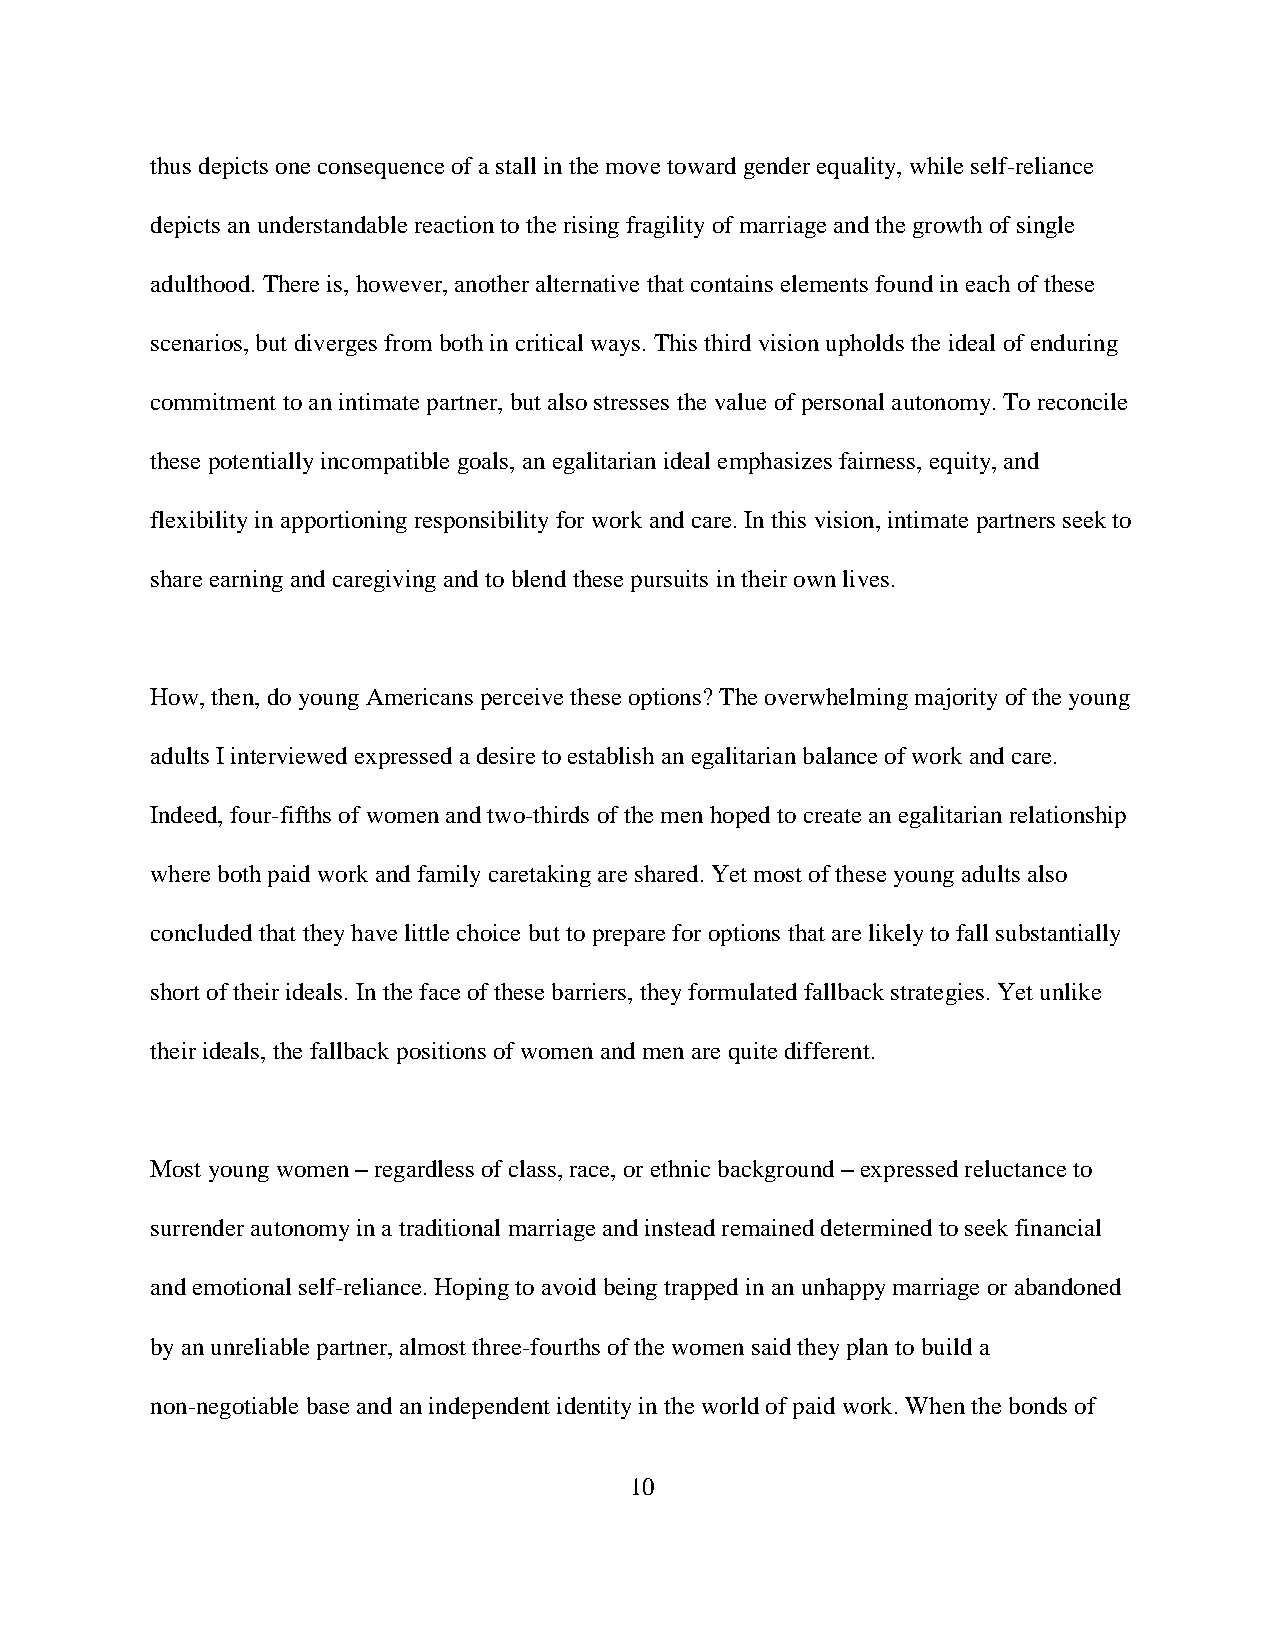
thus depicts one consequence of a stall in the move toward gender equality, while self-reliance
 depicts an understandable reaction to the rising fragility of marriage and the growth of single
 adulthood. There is, however, another alternative that contains elements found in each of these
 scenarios, but diverges from both in critical ways. This third vision upholds the ideal of enduring
 commitment to an intimate partner, but also stresses the value of personal autonomy. To reconcile
 these potentially incompatible goals, an egalitarian ideal emphasizes fairness, equity, and
 flexibility in apportioning responsibility for work and care. In this vision, intimate partners seek to
 share earning and caregiving and to blend these pursuits in their own lives.
 How, then, do young Americans perceive these options? The overwhelming majority of the young
 adults I interviewed expressed a desire to establish an egalitarian balance of work and care.
 Indeed, four-fifths of women and two-thirds of the men hoped to create an egalitarian relationship
 where both paid work and family caretaking are shared. Yet most of these young adults also
 concluded that they have little choice but to prepare for options that are likely to fall substantially
 short of their ideals. In the face of these barriers, they formulated fallback strategies. Yet unlike
 their ideals, the fallback positions of women and men are quite different.
 Most young women – regardless of class, race, or ethnic background – expressed reluctance to
 surrender autonomy in a traditional marriage and instead remained determined to seek financial
 and emotional self-reliance. Hoping to avoid being trapped in an unhappy marriage or abandoned
 by an unreliable partner, almost three-fourths of the women said they plan to build a
 non-negotiable base and an independent identity in the world of paid work. When the bonds of
 10